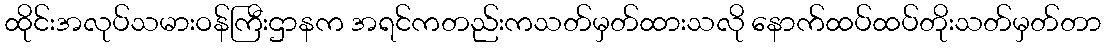
ထိုင်းအလုပ်သမားဝန်ကြီးဌာနက အရင်ကတည်းကသတ်မှတ်ထားသလို နောက်ထပ်ထပ်တိုးသတ်မှတ်တာ